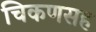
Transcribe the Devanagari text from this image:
चिकणसह